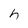
Character: h